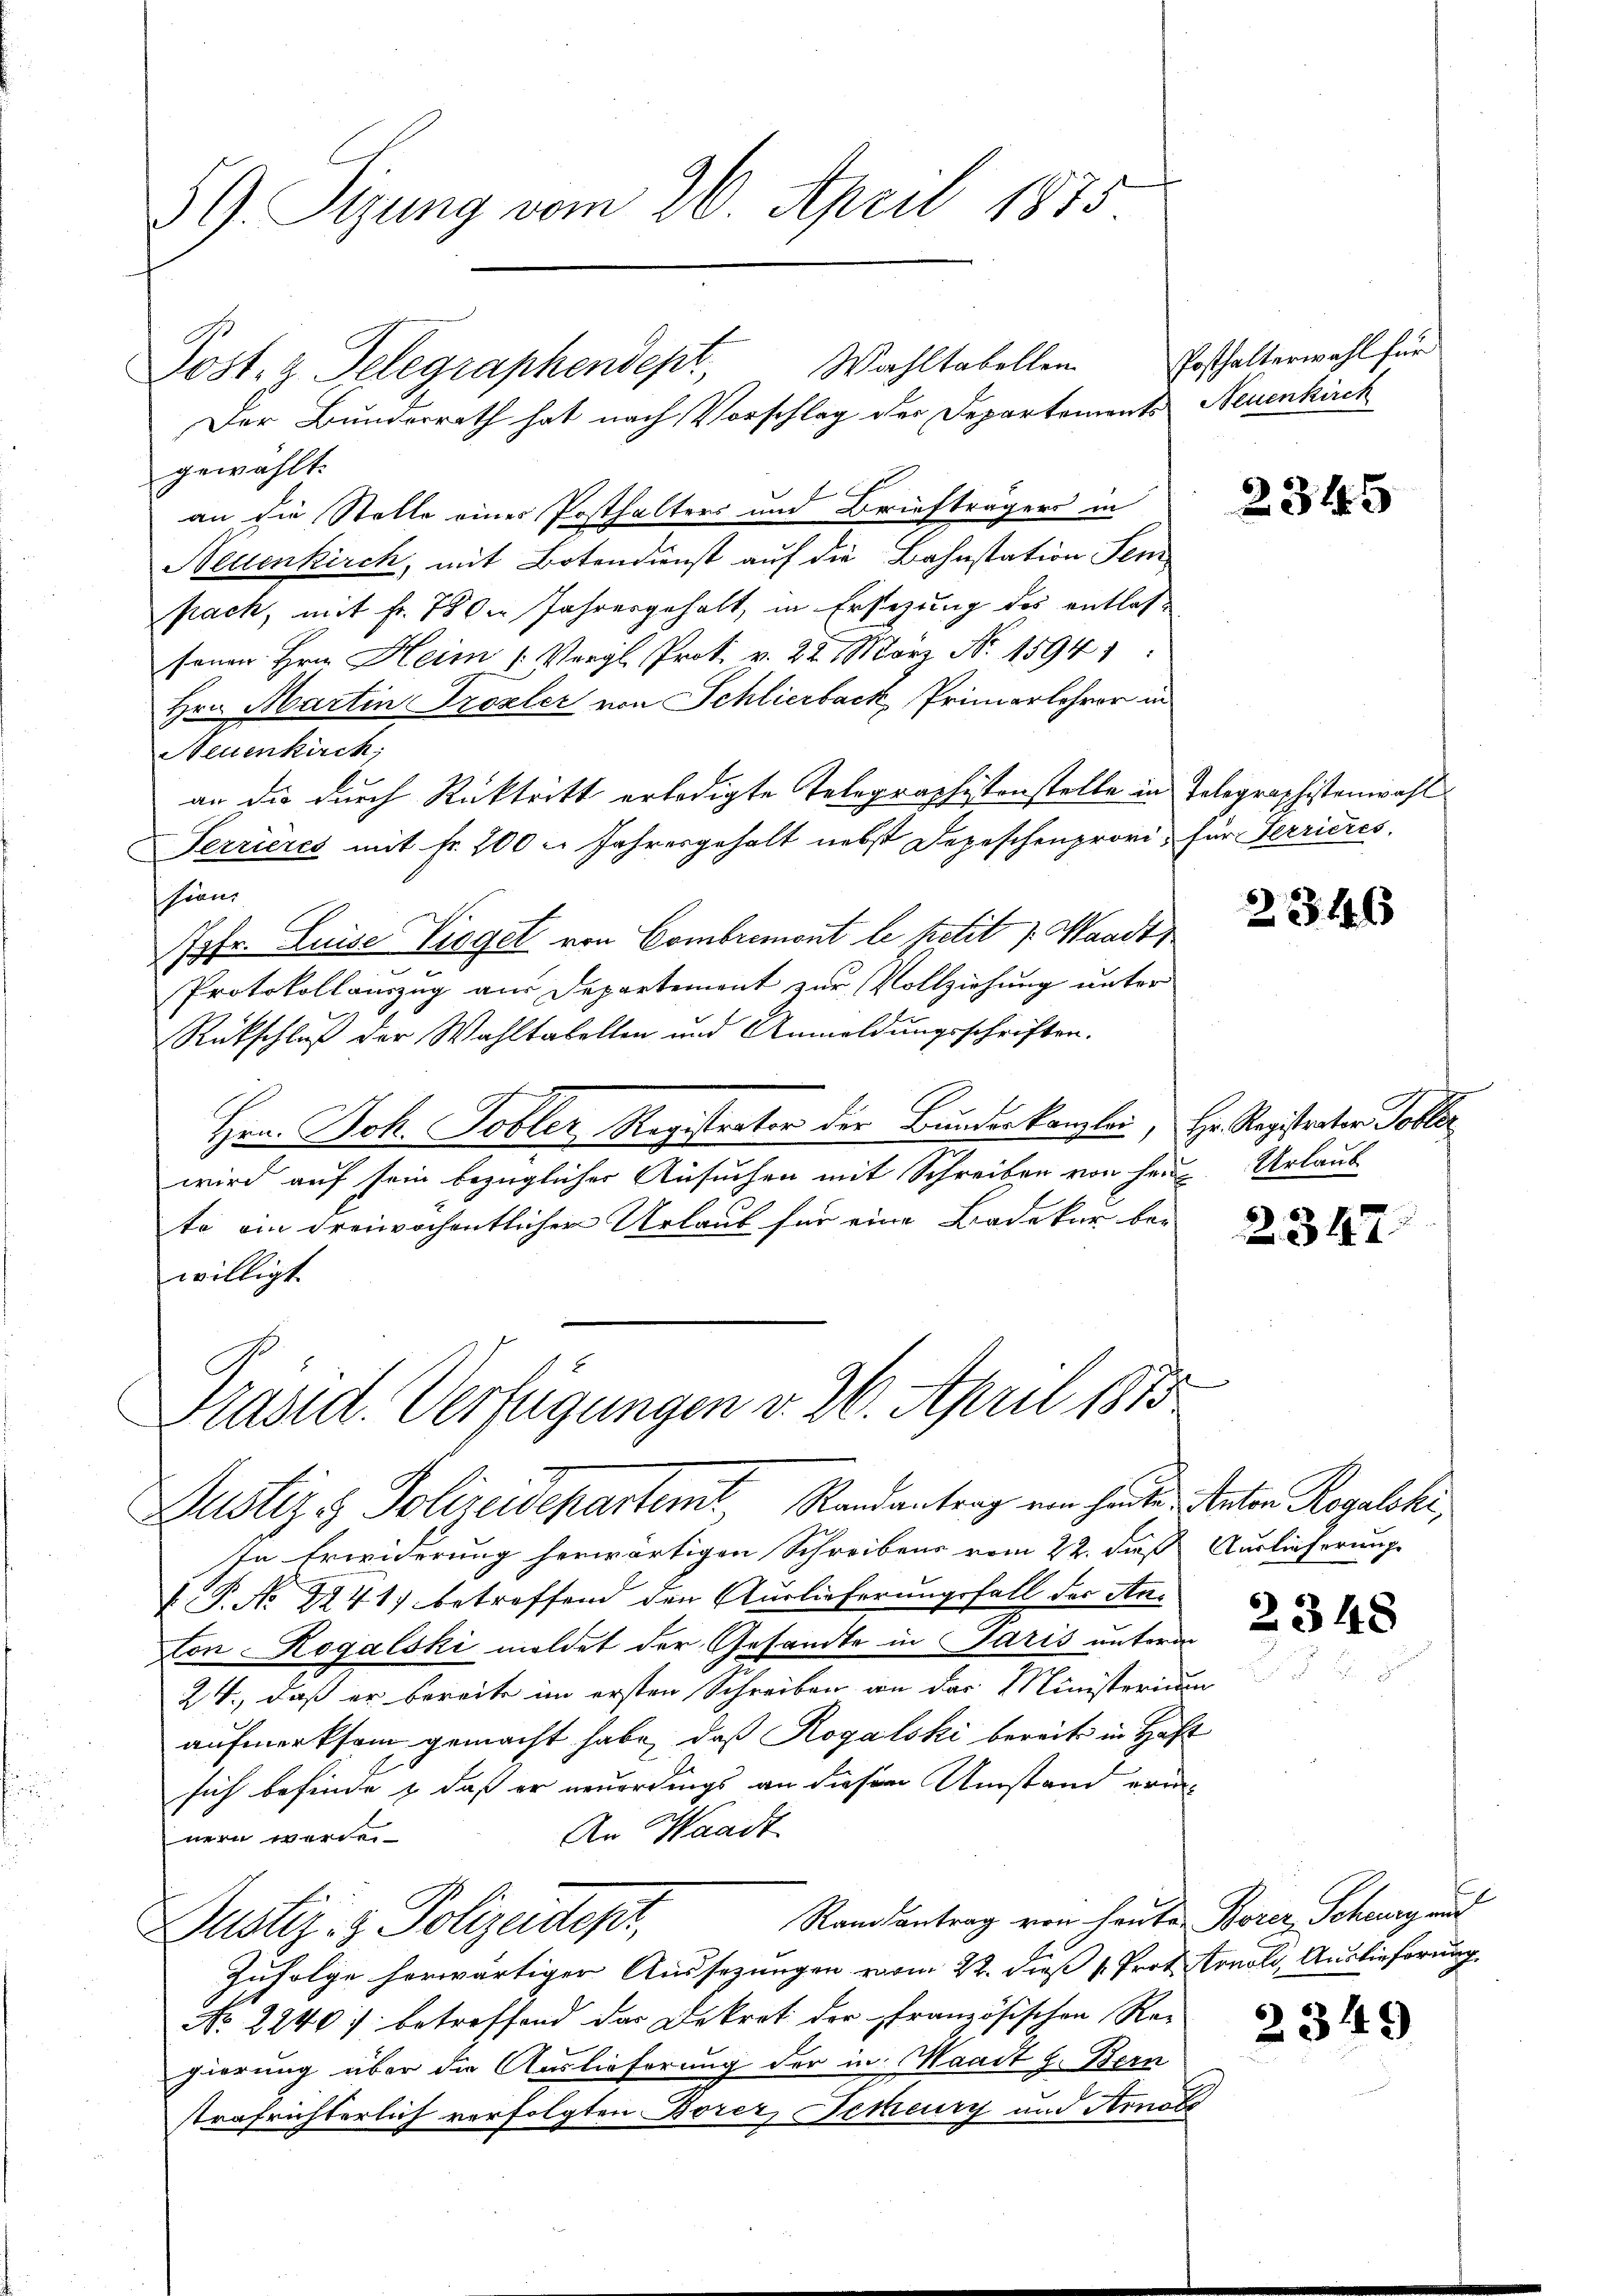
59. Sizung vom 26. April 1875

Post. z. Telegraphendept, Wahltabellen
Der Bunderrath hat nach Vorschlag der Departements Neuenkirch
gewählt.
an die Stelle eines Posthalters und Briefträgers in
Neuenkirch, mit Botendienst auf die Bahnstation Sem
pack, mit Fr. 780 Jahresgehalt, in Ersezung des entlasfenen Hrn. Heim (: Vergl. Prot. v. 22. März No. 15941
Hrn. Martin Trozler von Schlierback, Primarlehrer in
Neuenkirch
an die durch Rücktritt erledigte Telegraphistenstelle in Telegraphistenwahl
Terrieres mit Fr. 200 l. Jahresgehalt nebst Depeschenprovi für Terrieres
hiene
Jgfr. Luise Liegel von Combremont le petit /: Waadt
Protokollauszug am Departement zur Vollziehung unter
Rückschluß der Wahltabellen und Anmeldungsschriften.
Hrn. Joh. Tobler Registrator der Bundeskanzlei, Hr. Registrater Tobler
wird auf sein bezüglicher Ansuchen mit Schreiben von sein Urlaub
te ein dreiwöchentlicher Urlaub für eine Badekar be-
willigt

Präsid. Verfügungen v. 26. April 1873
Justiz & Polizeidepartemt, Randantrag von heute Anton Rogalcki,

Posthalterwahl für

In Erwiderung herwärtigen Schreibens vom 22. daß Auslieferung
 P. No 1241) betreffend den Auslieferungsfall der Anton Rogalski meldet der Gesandte in Paris unterm
24., daß er bereite im ersten Schreiben an der Ministerium
aufmerksam gemacht habe, daß Rogalski bereits in Haft
sich befinde & daß er neuerdings an diesem Umstand erin¬
An Waadt
nern werde.
Randantrag von heute Borer Scheung auf
Justiz- & Polizeident,
Zufolge herwärtiger Aussezungen vom 22. dieß v. Prof. Arnoli, Auslieferung
No 2240: betreffend das Dekret der französischen Regierung über die Auslieferung der in Waadt z. Bern
strafrichterlich verfolgten Borer, Temeury und Arnole

2345

23. 146

2347.

2348

2349